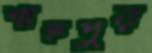
শাহপুর